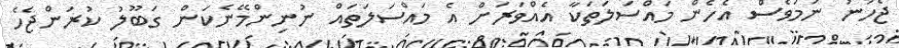
ޖެހުނު ނަމަވެސް އެހެން މައްސަލަތަކާ އެއްވަރަށް އެ މައްސަލަތައް ނުނިންމޭނެކަން ގަބޫލު ކުރަންޖެހެ